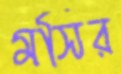
মসির